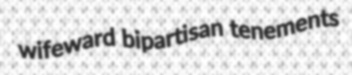
wifeward bipartisan tenements